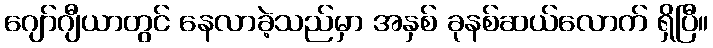
ဂျော်ဂျီယာတွင် နေလာခဲ့သည်မှာ အနှစ် ခုနစ်ဆယ်လောက် ရှိပြီ။